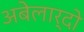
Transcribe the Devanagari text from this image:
अबेलार्दो